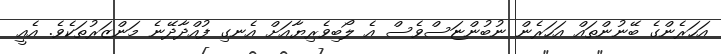
އަހަރެންގެ ބޭނުންތައް އަހަރެން ނުބުންޏަސްވެސް އެ ލޯބިވެރިޔާއަށް އެނގި ފުއްދާދޭނެ މަންޒަރުތަކެވެ. އެއީ